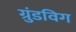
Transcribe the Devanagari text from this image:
ग्रुंडविग